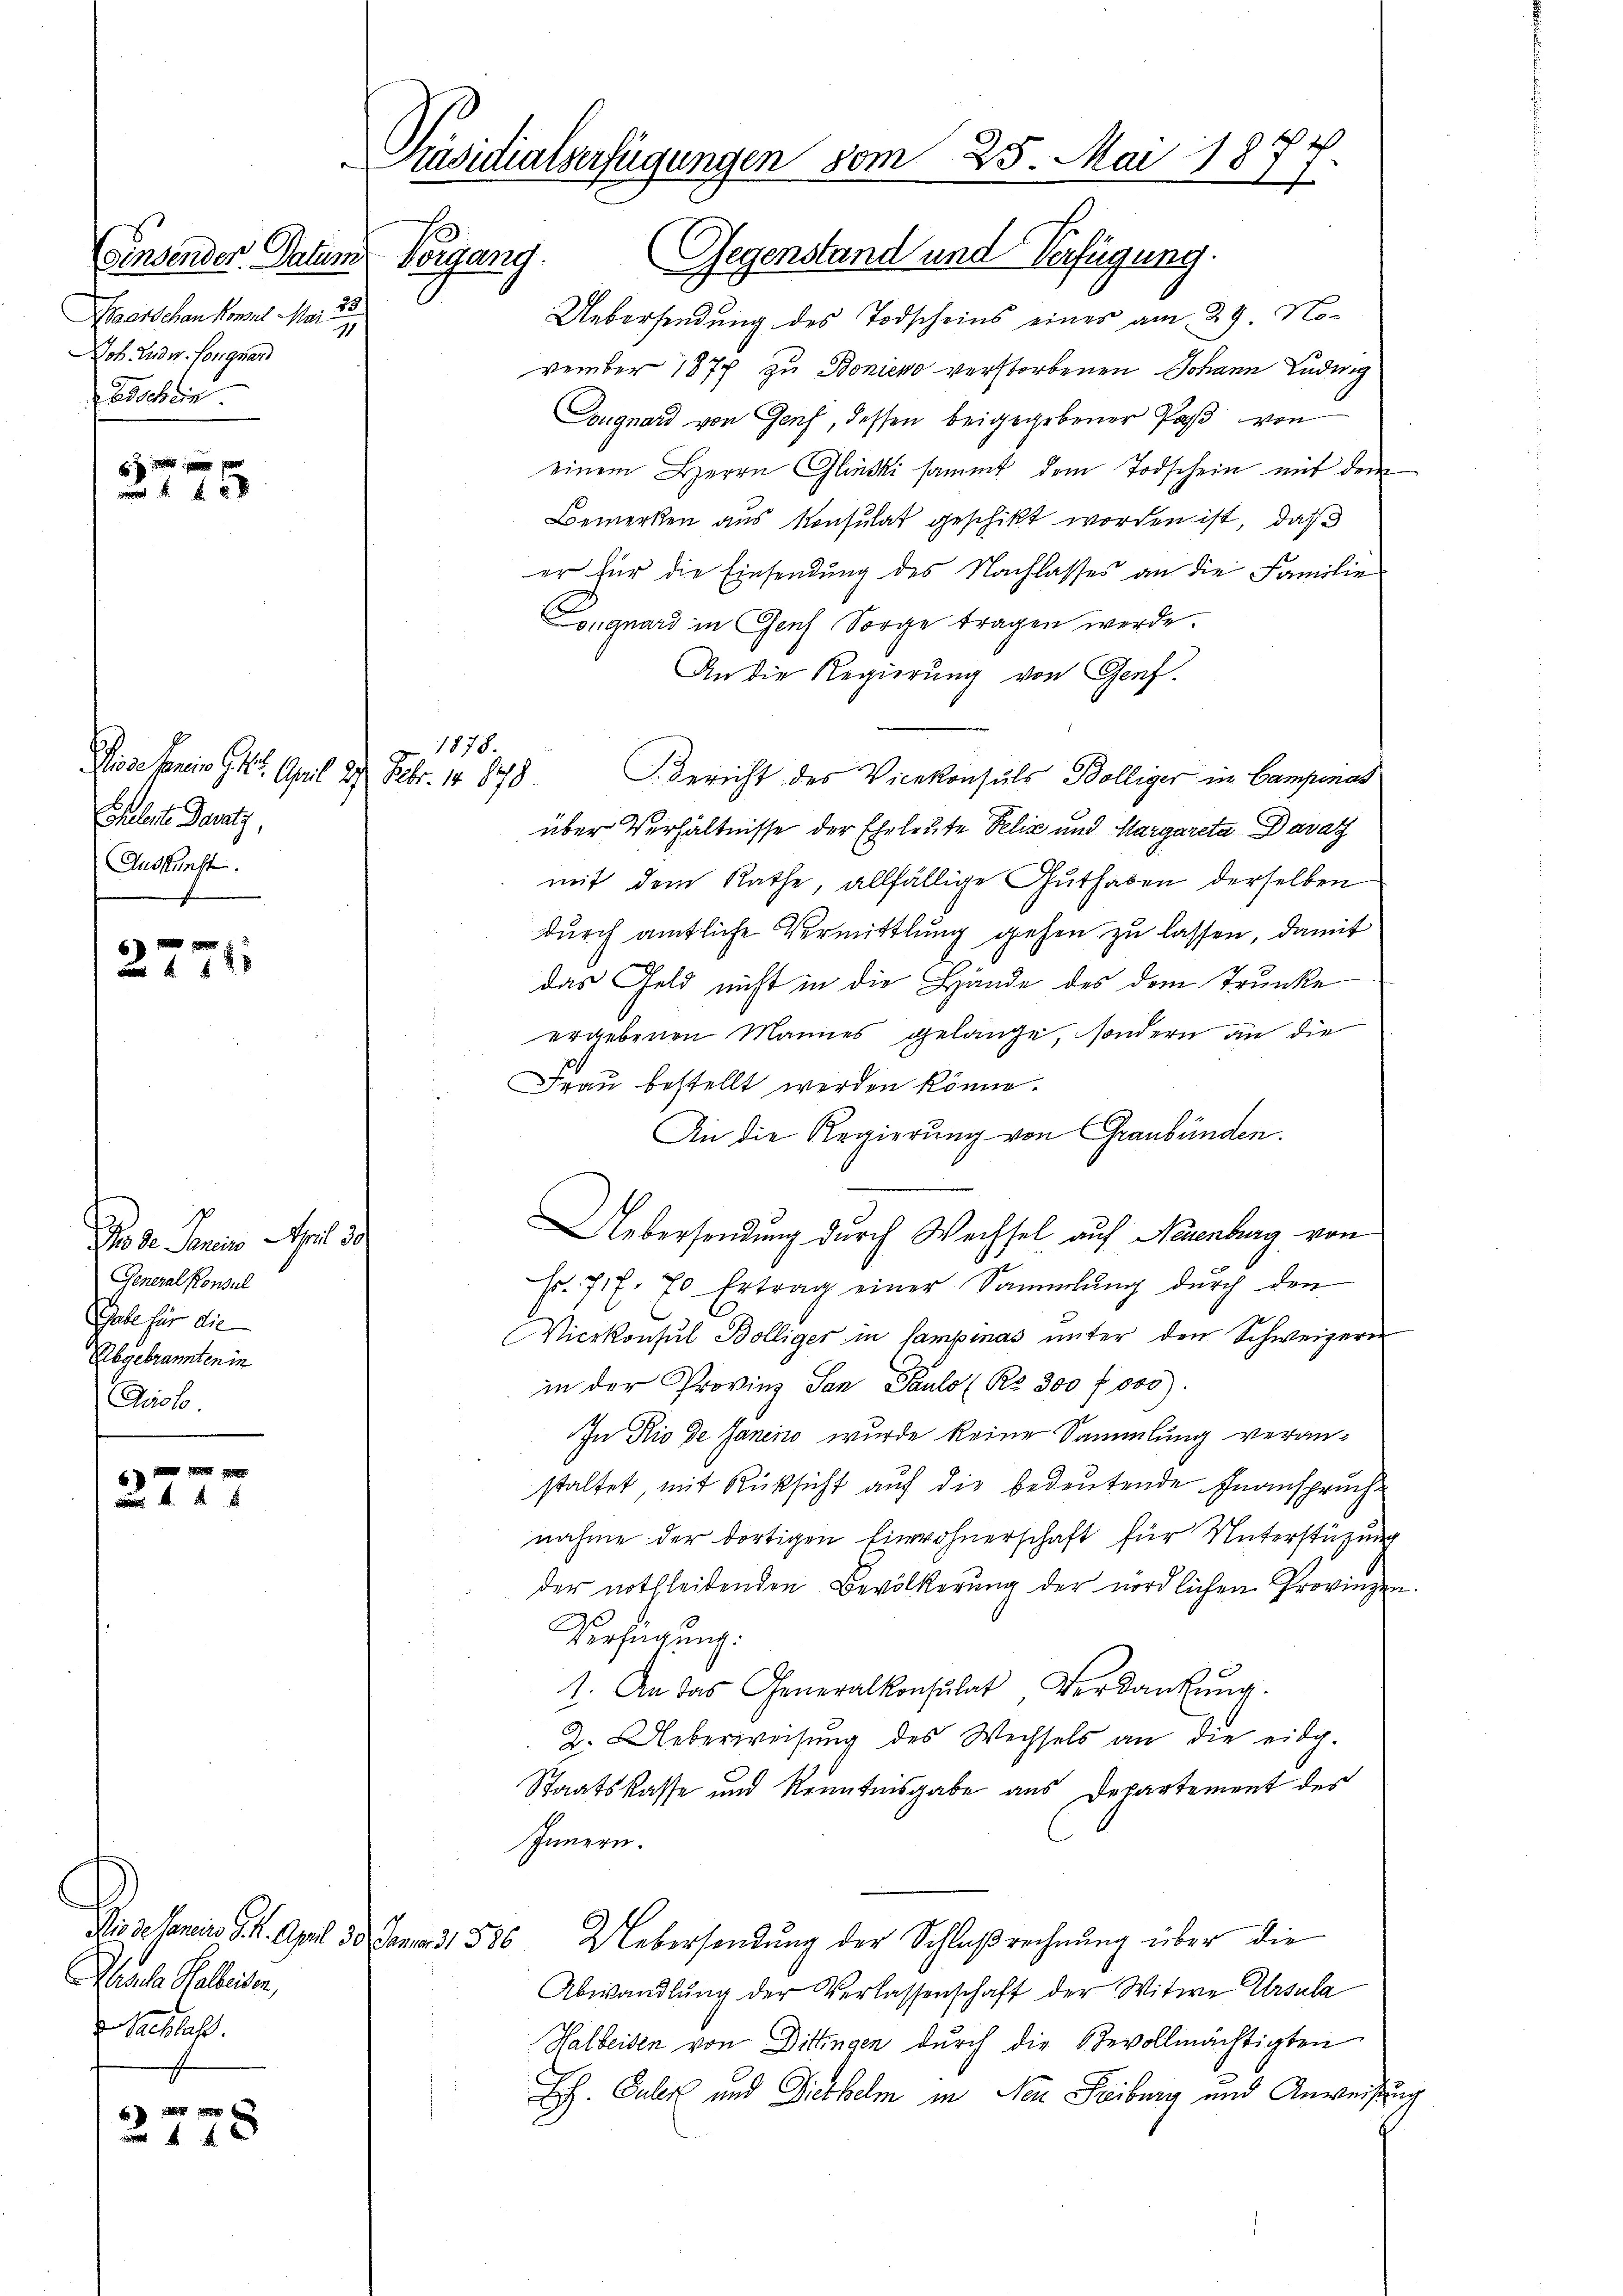
.
)
 f 8 x

2771

x

2778

Präsidialverfügungen vom 25. Mai 18
2

(einsenden Datum Vorgang.
Baarschen Konzil Mai 20.
1
Job. Ludw. Longuard
Beschein

Wiese kein G. 21. April 29. Febr. 1878
Eheleute Baustiz,
Auskunft.

dos de Senio Art. 3.
General Konsul
Gabe für die
Rbgebrannten in
Prolo

1878.

Alis de lancies §. 4. April 30. Januar 31. 336
aula Galleisten,
 Gebrach

Gegenstand und Verfügung.
Uebersendung des Todscheins eines am 29. November 1874 zu Bonieno verstorbenen Johann Luding
ougnard von Genf, dessen beigegebener Paß von
einem Herrn Glücki sammt dem Todschein mit dem
Bemerken aus Konsulat geschikt worden ist, daß
er für die Einsendung des Nachlasses an die Familie
Longuard in Genf Sorge tragen werde.
An die Regierung von Genf.
Gericht des Vicekonsuls Bölliger in Campenas
über Verhältnisse der Eheleute Felix und Margareta Davat
mit dem Rathe, allfällige Guthaben derselben
durch amtliche Vermittlung gehen zu lassen, damit
das Geld nicht in die Hände des dem Trunke
ergebenen Mannes gelange, sondern an die
Frau bestellt werden könne.
An die Regierung von Graubünden.
Uebersendung durch Wechsel auf Neuenburg von
Fr. 7 f. 70 Ertrag einer Sammlung dŭrch den
Vicekonsul Bölliger in Campinas unter den Schweizern
in der Provinz San Pauls (Ro. 300 f 000
In Rio de Janino wurde keine Sammlung veranstaltet mit Rüksicht auf die bedeutende Inanspruch
nahme der dortigen Einwohnerschaft für Unterstützung
der nothleidenden Bevölkerung der nördlichen Provinzen.
Verfügung:
1. An das Generalkonsulat Verdankŭng.
2. Ueberweisung des Wechsels an die eidg.
Staatskasse und Kenntnisgabe aus Departement des
Innern.
Uebersendung der Schlußrechnung über die
Abwandlung der Verlassenschaft der Witwe Ursula
Halbeiben von Dittingen durch die Bevollmächtigten
Eh. Galer und Diethelm in Neu Leiburg und Anweisung